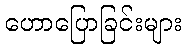
ဟောပြောခြင်းများ